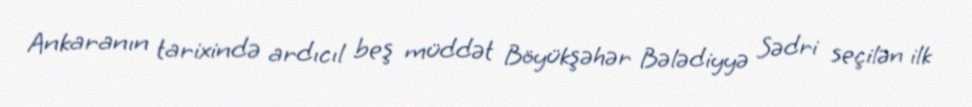
Ankaranın tarixində ardıcıl beş müddət Böyükşəhər Bələdiyyə Sədri seçilən ilk